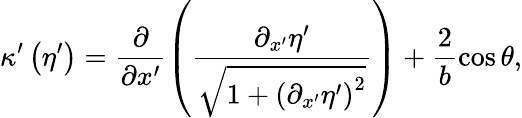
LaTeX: \kappa^{\prime}\left(\eta^{\prime}\right)=\frac{\partial}{\partial x^{\prime}}\left(\frac{\partial_{x^{\prime}}\eta^{\prime}}{\sqrt{1+\left(\partial_{x^{\prime}}\eta^{\prime}\right)^{2}}}\right)+\frac{2}{b}\cos{\theta},